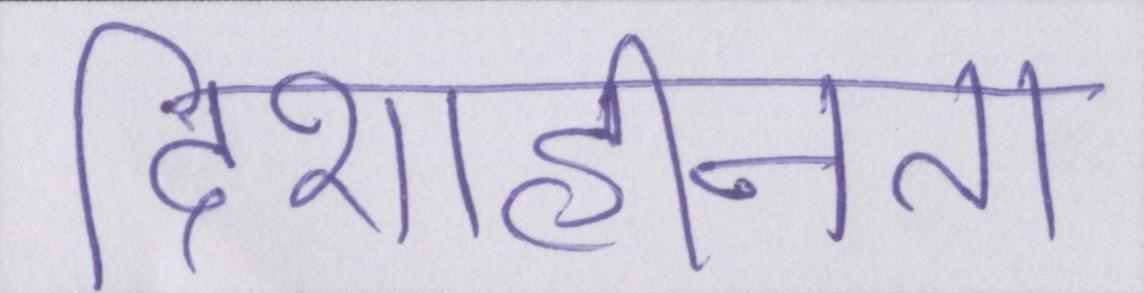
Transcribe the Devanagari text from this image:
दिशाहीनता